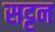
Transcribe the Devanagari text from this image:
सट्टन